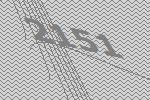
2151